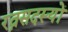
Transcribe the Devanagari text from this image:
रत्नसदस्यों